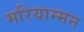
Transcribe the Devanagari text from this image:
मरियाम्मन